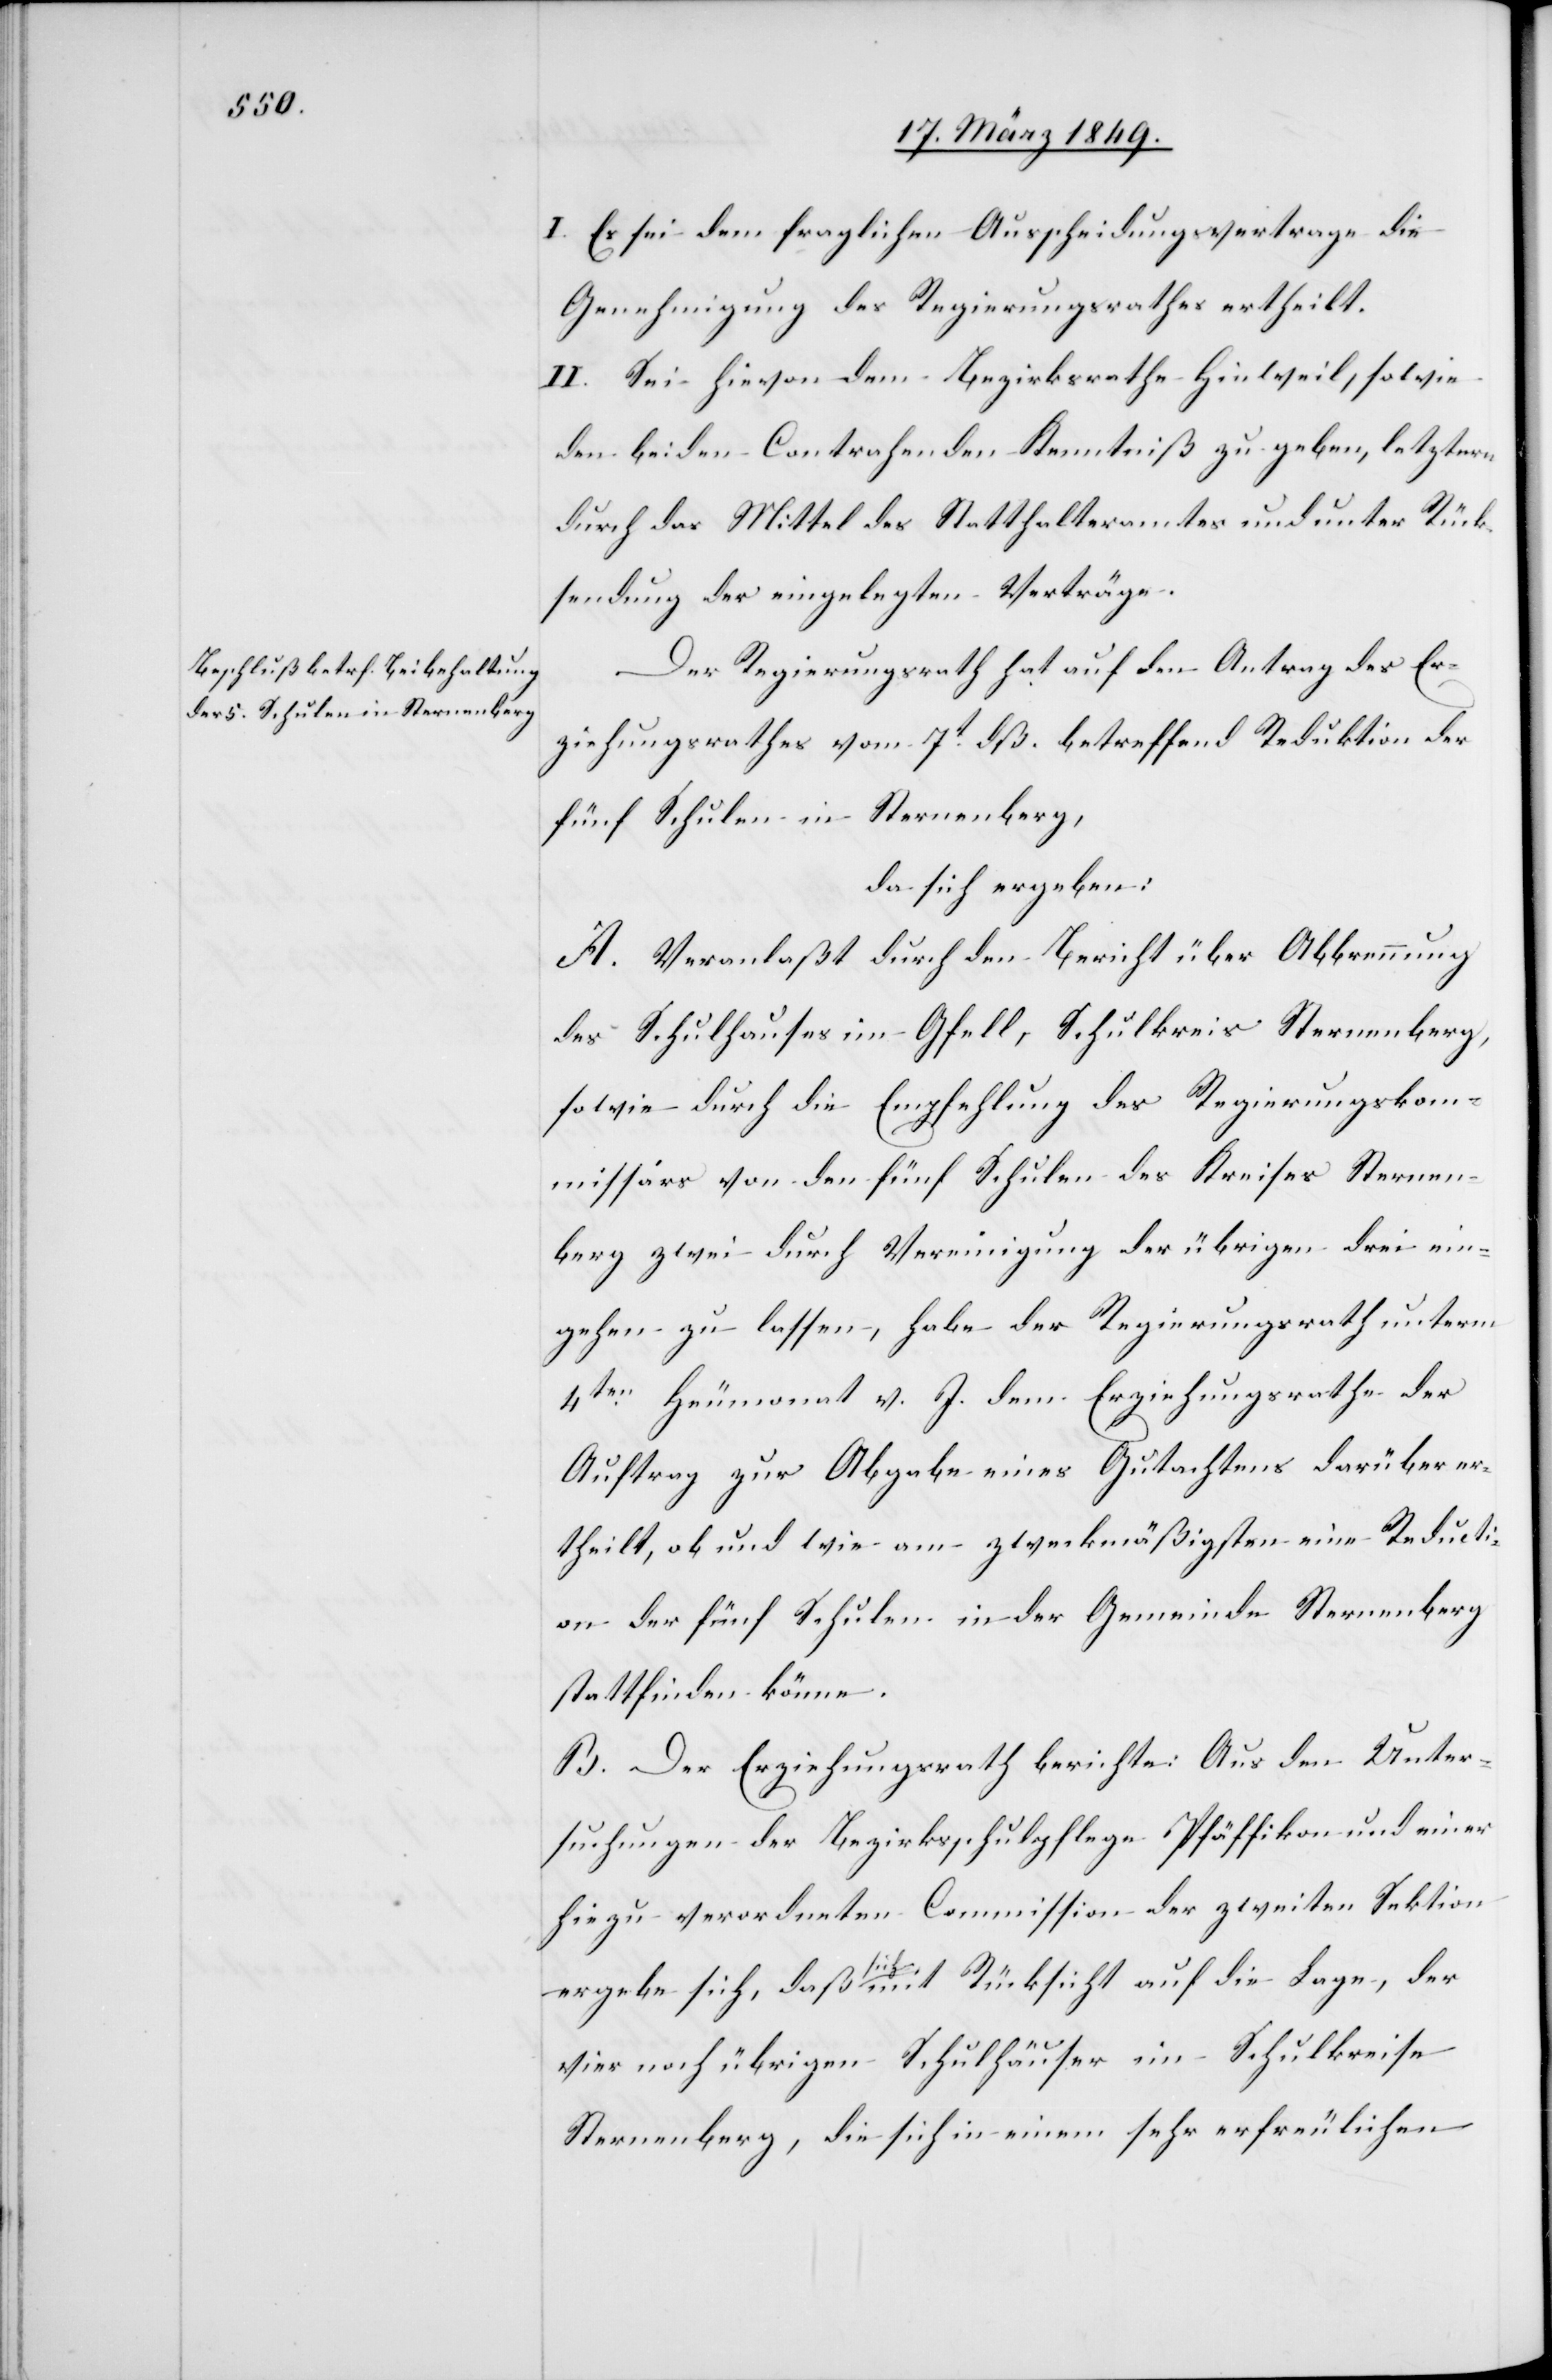
I. Es sei dem fraglichen Ausscheidungsvertrage die
Genehmigung des Regierungsrathes ertheilt.
II. Sei hievon dem Bezirksrathe Hinweil, sowie
den beiden Contrahenten Kenntniß zu geben, letztern
durch das Mittel des Statthalteramtes und unter Rück¬
sendung der eingelegten Verträge.
Der Regierungsrath hat auf den Antrag des Er¬
ziehungsrathes vom 7t. dß. betreffend Reduktion der
fünf Schulen in Sternenberg,
da sich ergeben:
A. Veranlaßt durch den Bericht über Abbrennung
des Schulhauses im Gfell, Schulkreis Sternenberg,
sowie durch die Empfehlung des Regierungskom¬
missärs von den fünf Schulen des Kreises Sternen¬
berg zwei durch Vereinigung der übrigen drei ein¬
gehen zu lassen, habe der Regierungsrath unterm
4ten. Heumonat v. J. dem Erziehungsrathe der
Auftrag zur Abgabe eines Gutachtens darüber er¬
theilt, ob und wie am zweckmäßigsten eine Reducti¬
on der fünf Schulen in der Gemeinde Sternenberg
stattfinden könne.
B. Der Erziehungsrath berichte: Aus den Unter¬
suchungen der Bezirksschulpflege Pfäffikon und einer
hiezu verordneten Commisson der zweiten Sektion
ergebe sich, daß sich mit Rücksicht auf die Lage, der
vier noch übrigen Schulhäuser im Schulkreise
Sternenberg, die sich in einem sehr erfreulichen